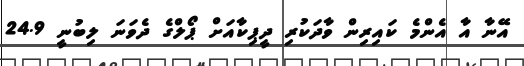
އޭނާ އާ އެންމެ ކައިރިން ވާދަކުރި ދީޕިކާއަށް ޕޯލްގެ ދެވަނަ ލިިބުނީ 24.9